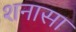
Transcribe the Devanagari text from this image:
शनासा